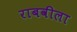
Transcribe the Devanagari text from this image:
राबवीला